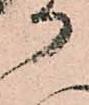
か